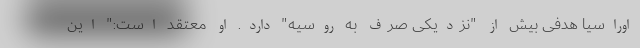
اوراسیا هدفی بیش از "نزدیکی صرف به روسیه" دارد. او معتقد است:" این